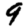
Digit: 9